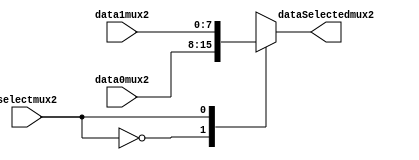
module mux2to1(data0mux2,data1mux2,selectmux2,dataSelectedmux2);
	parameter size = 8;
	input [size-1:0] data0mux2,data1mux2;
	input selectmux2;
	output [size-1:0] dataSelectedmux2;
	
	reg [size-1:0] dataSelectedmux2;
always@(*)
begin
	case(selectmux2)
	1'b0:dataSelectedmux2 = data0mux2;
	1'b1:dataSelectedmux2 = data1mux2;
	endcase
end

endmodule